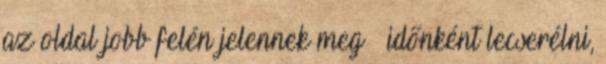
az oldal jobb felén jelennek meg — időnként lecserélni,